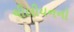
ચીલીયનનો